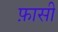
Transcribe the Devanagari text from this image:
फ़ासी